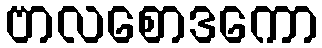
ဗာလစောဒကော